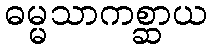
ဓမ္မသာကစ္ဆာယ